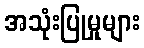
အသုံးပြုမှုများ